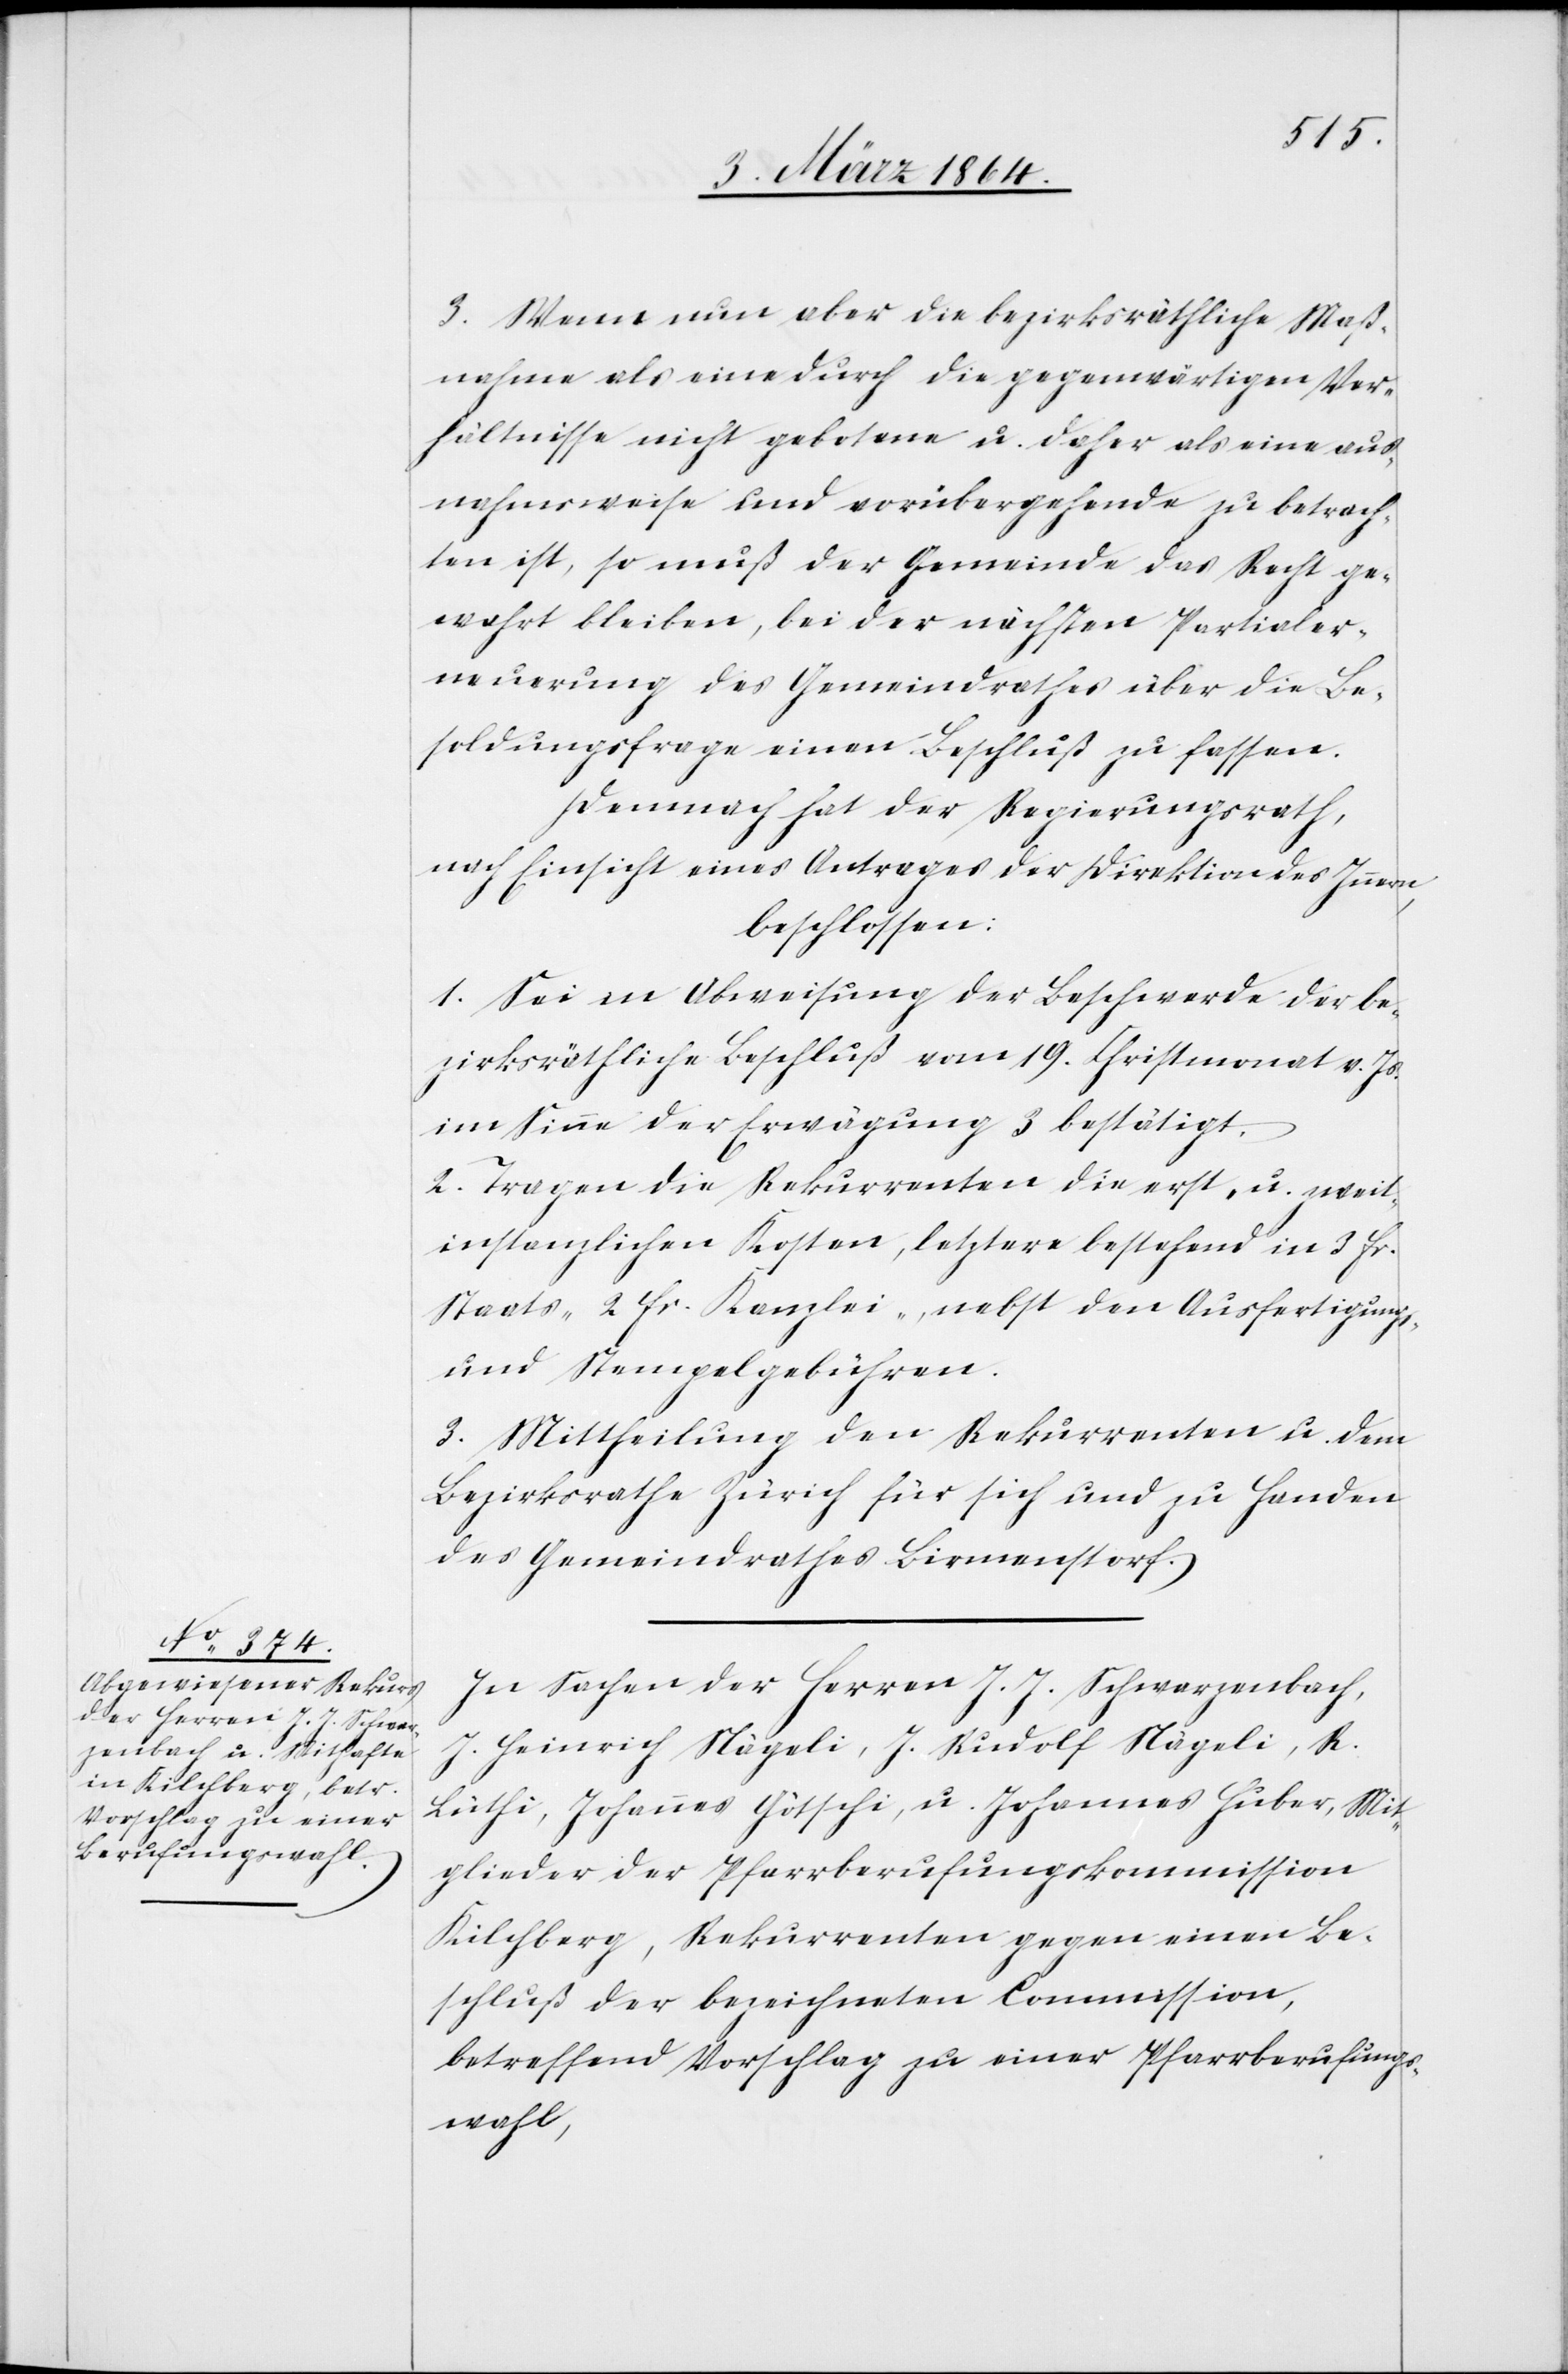
3. Wenn nun aber die bezirksräthliche Maß¬
nahme als eine durch die gegenwärtigen Ver¬
hältnisse nicht gebotene u. daher als eine aus¬
nahmsweise und vorübergehende zu betrach¬
ten ist, so muß der Gemeinde das Recht ge¬
wahrt bleiben, bei der nächsten Partialer¬
neuerung des Gemeindrathes über die Be¬
soldungsfrage einen Beschluß zu fassen.
Demnach hat der Regierungsrath,
nach Einsicht eines Antrages der Direktion des Innern,
beschlossen:
I. Sei in Abweisung der Beschwerde der be¬
zirksräthliche Beschluß vom 19. Christmonat v. Js.
im Sinne der Erwägung 3 bestätigt.
2. Tragen die Rekurrenten die erst- u. zweit¬
instanzlichen Kosten, letztere bestehend in 3 fr.
Staats- 2 fr. Kanzlei-, nebst den Ausfertigungs-
und Stempelgebühren.
3. Mittheilung den Rekurrenten u. dem
Bezirksrathe Zürich für sich und zu Handen
des Gemeindrathes Birmenstorf.
In Sachen der Herren J. J. Schwarzenbach,
J. Heinrich Nägeli, J. Rudolf Nägeli, R.
Lüthi, Johannes Götschi, u. Johannes Huber, Mit¬
glieder der Pfarrberufungskommission
Kilchberg, Rekurrenten gegen einen Be¬
schluß der bezeichneten Commission,
betreffend Vorschlag zu einer Pfarrberufungs¬
wahl,